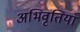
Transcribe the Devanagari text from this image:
अभिवृतियाँ